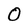
Character: O